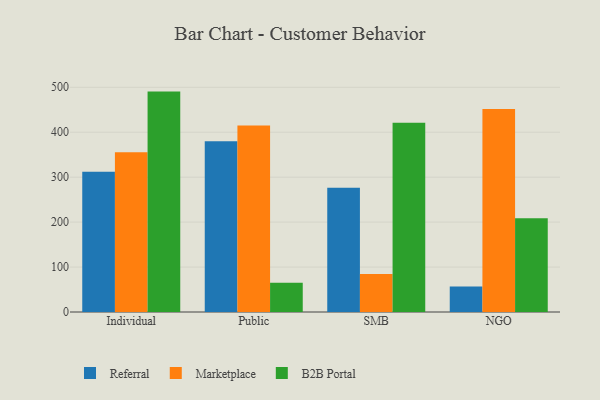
{"axis": {"x": "Segment", "y": "LTV (USD)"}, "legend": ["B2B Portal", "Marketplace", "Referral"], "data": [{"x": "Individual", "y": 311.8, "type": "Referral"}, {"x": "Individual", "y": 355.6, "type": "Marketplace"}, {"x": "Individual", "y": 490.4, "type": "B2B Portal"}, {"x": "Public", "y": 379.9, "type": "Referral"}, {"x": "Public", "y": 414.9, "type": "Marketplace"}, {"x": "Public", "y": 64.9, "type": "B2B Portal"}, {"x": "SMB", "y": 276.4, "type": "Referral"}, {"x": "SMB", "y": 84.5, "type": "Marketplace"}, {"x": "SMB", "y": 421.0, "type": "B2B Portal"}, {"x": "NGO", "y": 56.5, "type": "Referral"}, {"x": "NGO", "y": 451.9, "type": "Marketplace"}, {"x": "NGO", "y": 208.6, "type": "B2B Portal"}]}